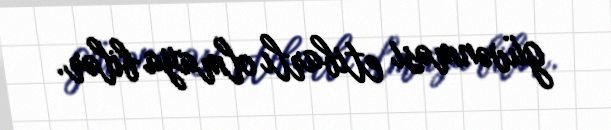
güvənməsi etibarlı olmaya bilər.